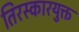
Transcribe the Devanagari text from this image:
तिरस्कारयुक्त